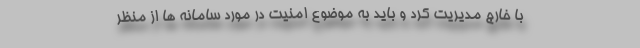
با خارج مدیریت کرد و باید به موضوع امنیت در مورد سامانه ها از منظر